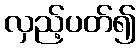
လှည့်ပတ်၍